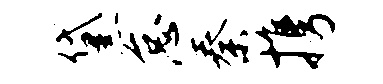
黛怠秦携